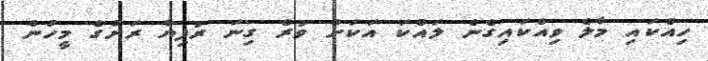
ހިއްކައި މާލެ ވިއްކައިގެން ލައްކަ އަކަށް ވުރެ ގިނަ ރުފިޔާ ރަށުގެ މީހުން